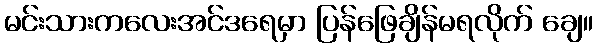
မင်းသားကလေးအင်ဒရေမှာ ပြန်ဖြေချိန်မရလိုက် ချေ။